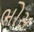
ભોસ